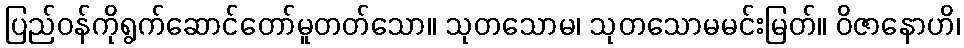
ပြည်ဝန်ကိုရွက်ဆောင်တော်မူတတ်သော။ သုတသောမ၊ သုတသောမမင်းမြတ်။ ဝိဇာနောဟိ၊